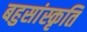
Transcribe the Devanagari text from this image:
बहुसांस्कृति